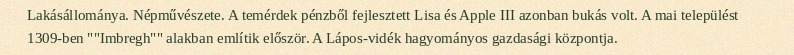
Lakásállománya. Népművészete. A temérdek pénzből fejlesztett Lisa és Apple III azonban bukás volt. A mai települést 1309-ben ""Imbregh"" alakban említik először. A Lápos-vidék hagyományos gazdasági központja.